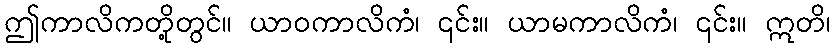
ဤကာလိကတို့တွင်။ ယာဝကာလိကံ၊ ၎င်း။ ယာမကာလိကံ၊ ၎င်း။ ဣတိ၊